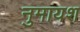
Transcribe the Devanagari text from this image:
नुमायश